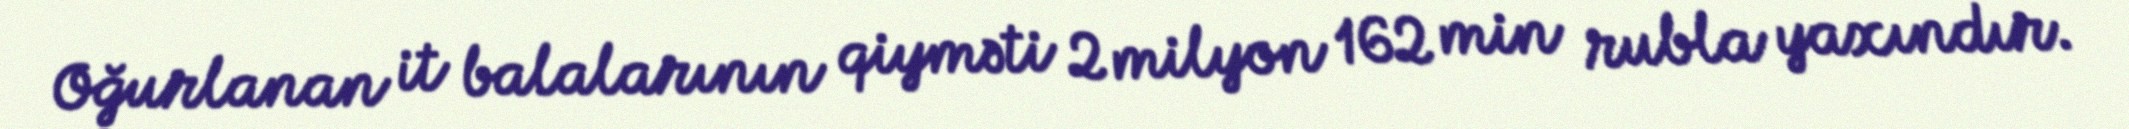
Oğurlanan it balalarının qiyməti 2 milyon 162 min rubla yaxındır.